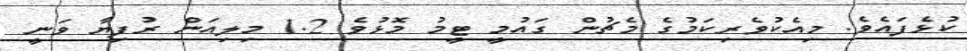
ކުޅެފައެވެ. މިއެކުވެރިކަމުގެ މެޗުން ގައުމީ ޓީމު މޮޅުވެ 1.2 މިލިއަން ރުފިޔާ ވަނީ